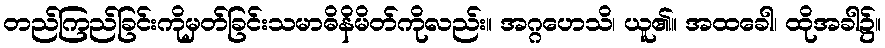
တည်ကြည်ခြင်းကိုမှတ်ခြင်းသမာဓိနိမိတ်ကိုလည်း။ အဂ္ဂဟေသိ၊ ယူ၏။ အထခေါ၊ ထိုအခါ၌။